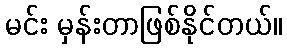
မင်း မှန်းတာဖြစ်နိုင်တယ်။